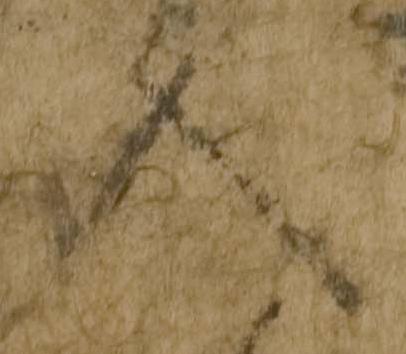
入